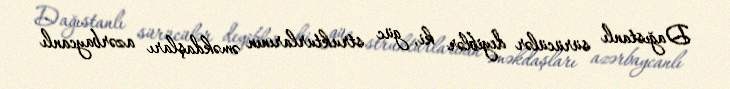
Dağıstanlı sürücülər deyiblər ki, güc strukturlarının əməkdaşları azərbaycanlı